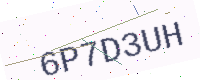
Text: 6P7D3UH